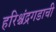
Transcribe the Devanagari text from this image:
हरिश्चंद्रगडाची